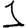
Digit: 1